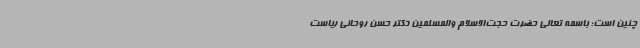
چنین است؛ باسمه تعالی حضرت حجت‌الاسلام والمسلمین دکتر حسن روحانی ریاست